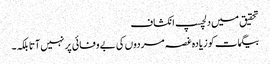
تحقیق میں دلچسپ انکشاف
بیگمات کو زیادہ غصہ مردوں کی بے وفائی پر نہیں آتا بلکہ۔